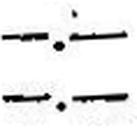
—.—